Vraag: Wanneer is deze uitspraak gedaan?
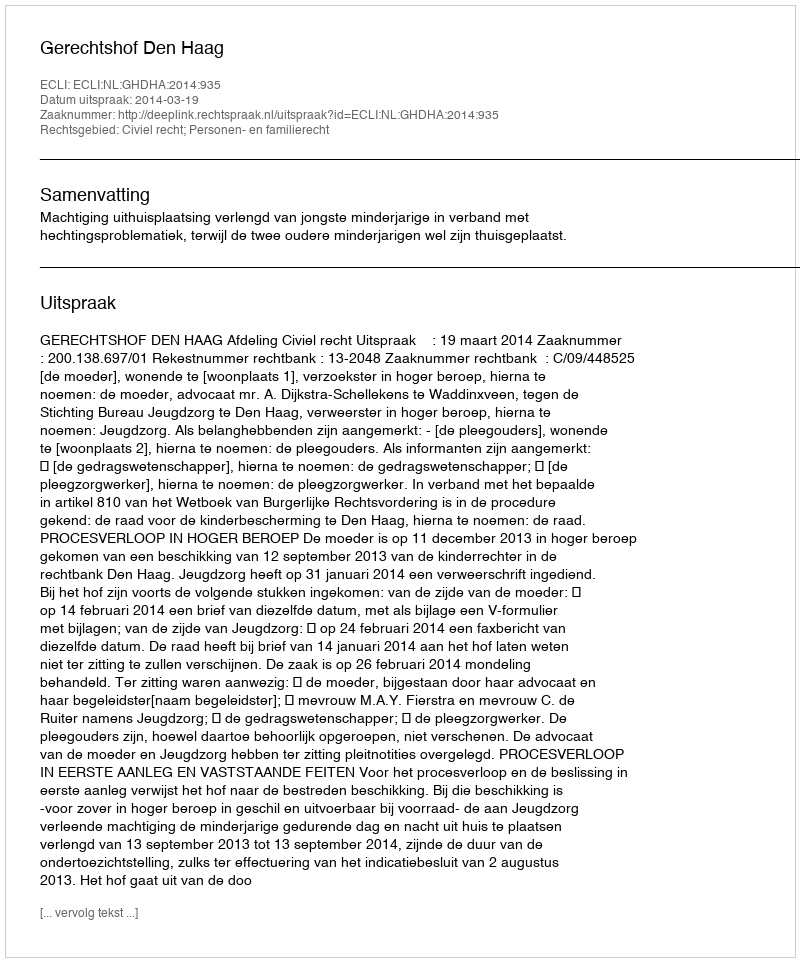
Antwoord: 2014-03-19